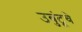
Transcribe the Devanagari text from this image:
उबुंटूचे